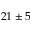
2 1 \pm 5